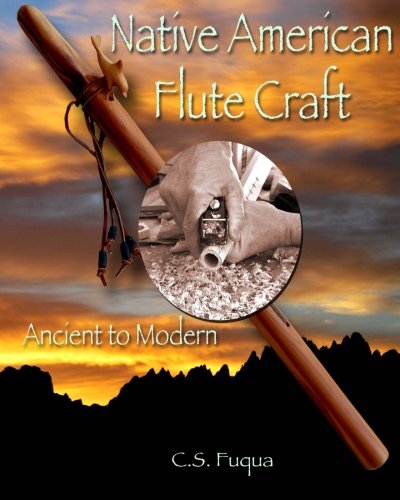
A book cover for Native American Flute Craft: Ancient to Modern; C. S. Fuqua; Crafts, Hobbies & Home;